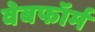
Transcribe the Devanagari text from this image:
वेबफॉर्म